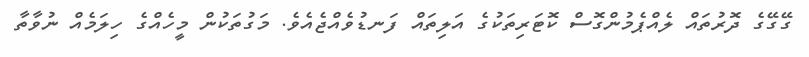
ގޭގޭގެ ދޮރުތައް ލެއްޕެމުންގޮސް ކޮޓަރިތަކުގެ އަލިތައް ފަނޑުވެއްޖެއެވެ. މަގުތަކުން މީހެއްގެ ހިލަމެއް ނުވާތާ